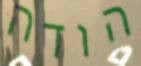
הודה